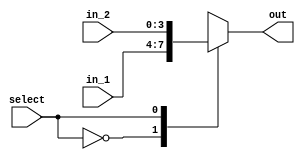
module mux2to1 #(parameter W=4)(out, in_1, in_2, select);

input [W-1:0] in_1, in_2;
output reg [W-1:0] out;
input select;

always @(in_1 or in_2 or select) 
	case(select)
	1'b0:	out = in_1;
	1'b1: out = in_2;
	endcase
endmodule